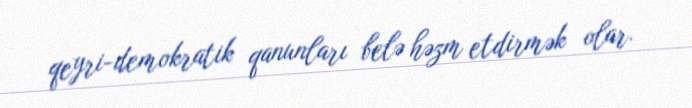
qeyri-demokratik qanunları belə həzm etdirmək olar.